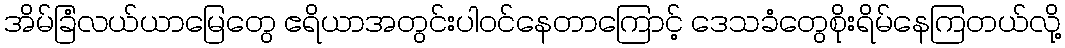
အိမ်ခြံလယ်ယာမြေတွေ ဧရိယာအတွင်းပါဝင်နေတာကြောင့် ဒေသခံတွေစိုးရိမ်နေကြတယ်လို့